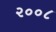
૨૦૦૮